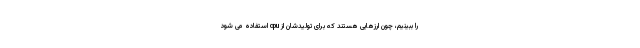
را ببینیم، چون ارزهایی هستند که برای تولیدشان از cpu استفاده می شود